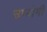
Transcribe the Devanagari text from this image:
उप्योगी